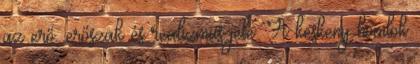
az erő, erőszak és realizmus jele. A keskeny homlok